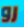
رو